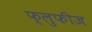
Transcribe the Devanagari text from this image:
फ्लुफीज